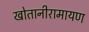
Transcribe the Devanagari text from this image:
खोतानीरामायण